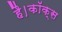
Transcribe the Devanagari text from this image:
है।कॉक्स